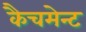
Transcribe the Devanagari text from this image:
कैचमेन्ट